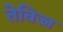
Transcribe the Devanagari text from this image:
तेविज्ज